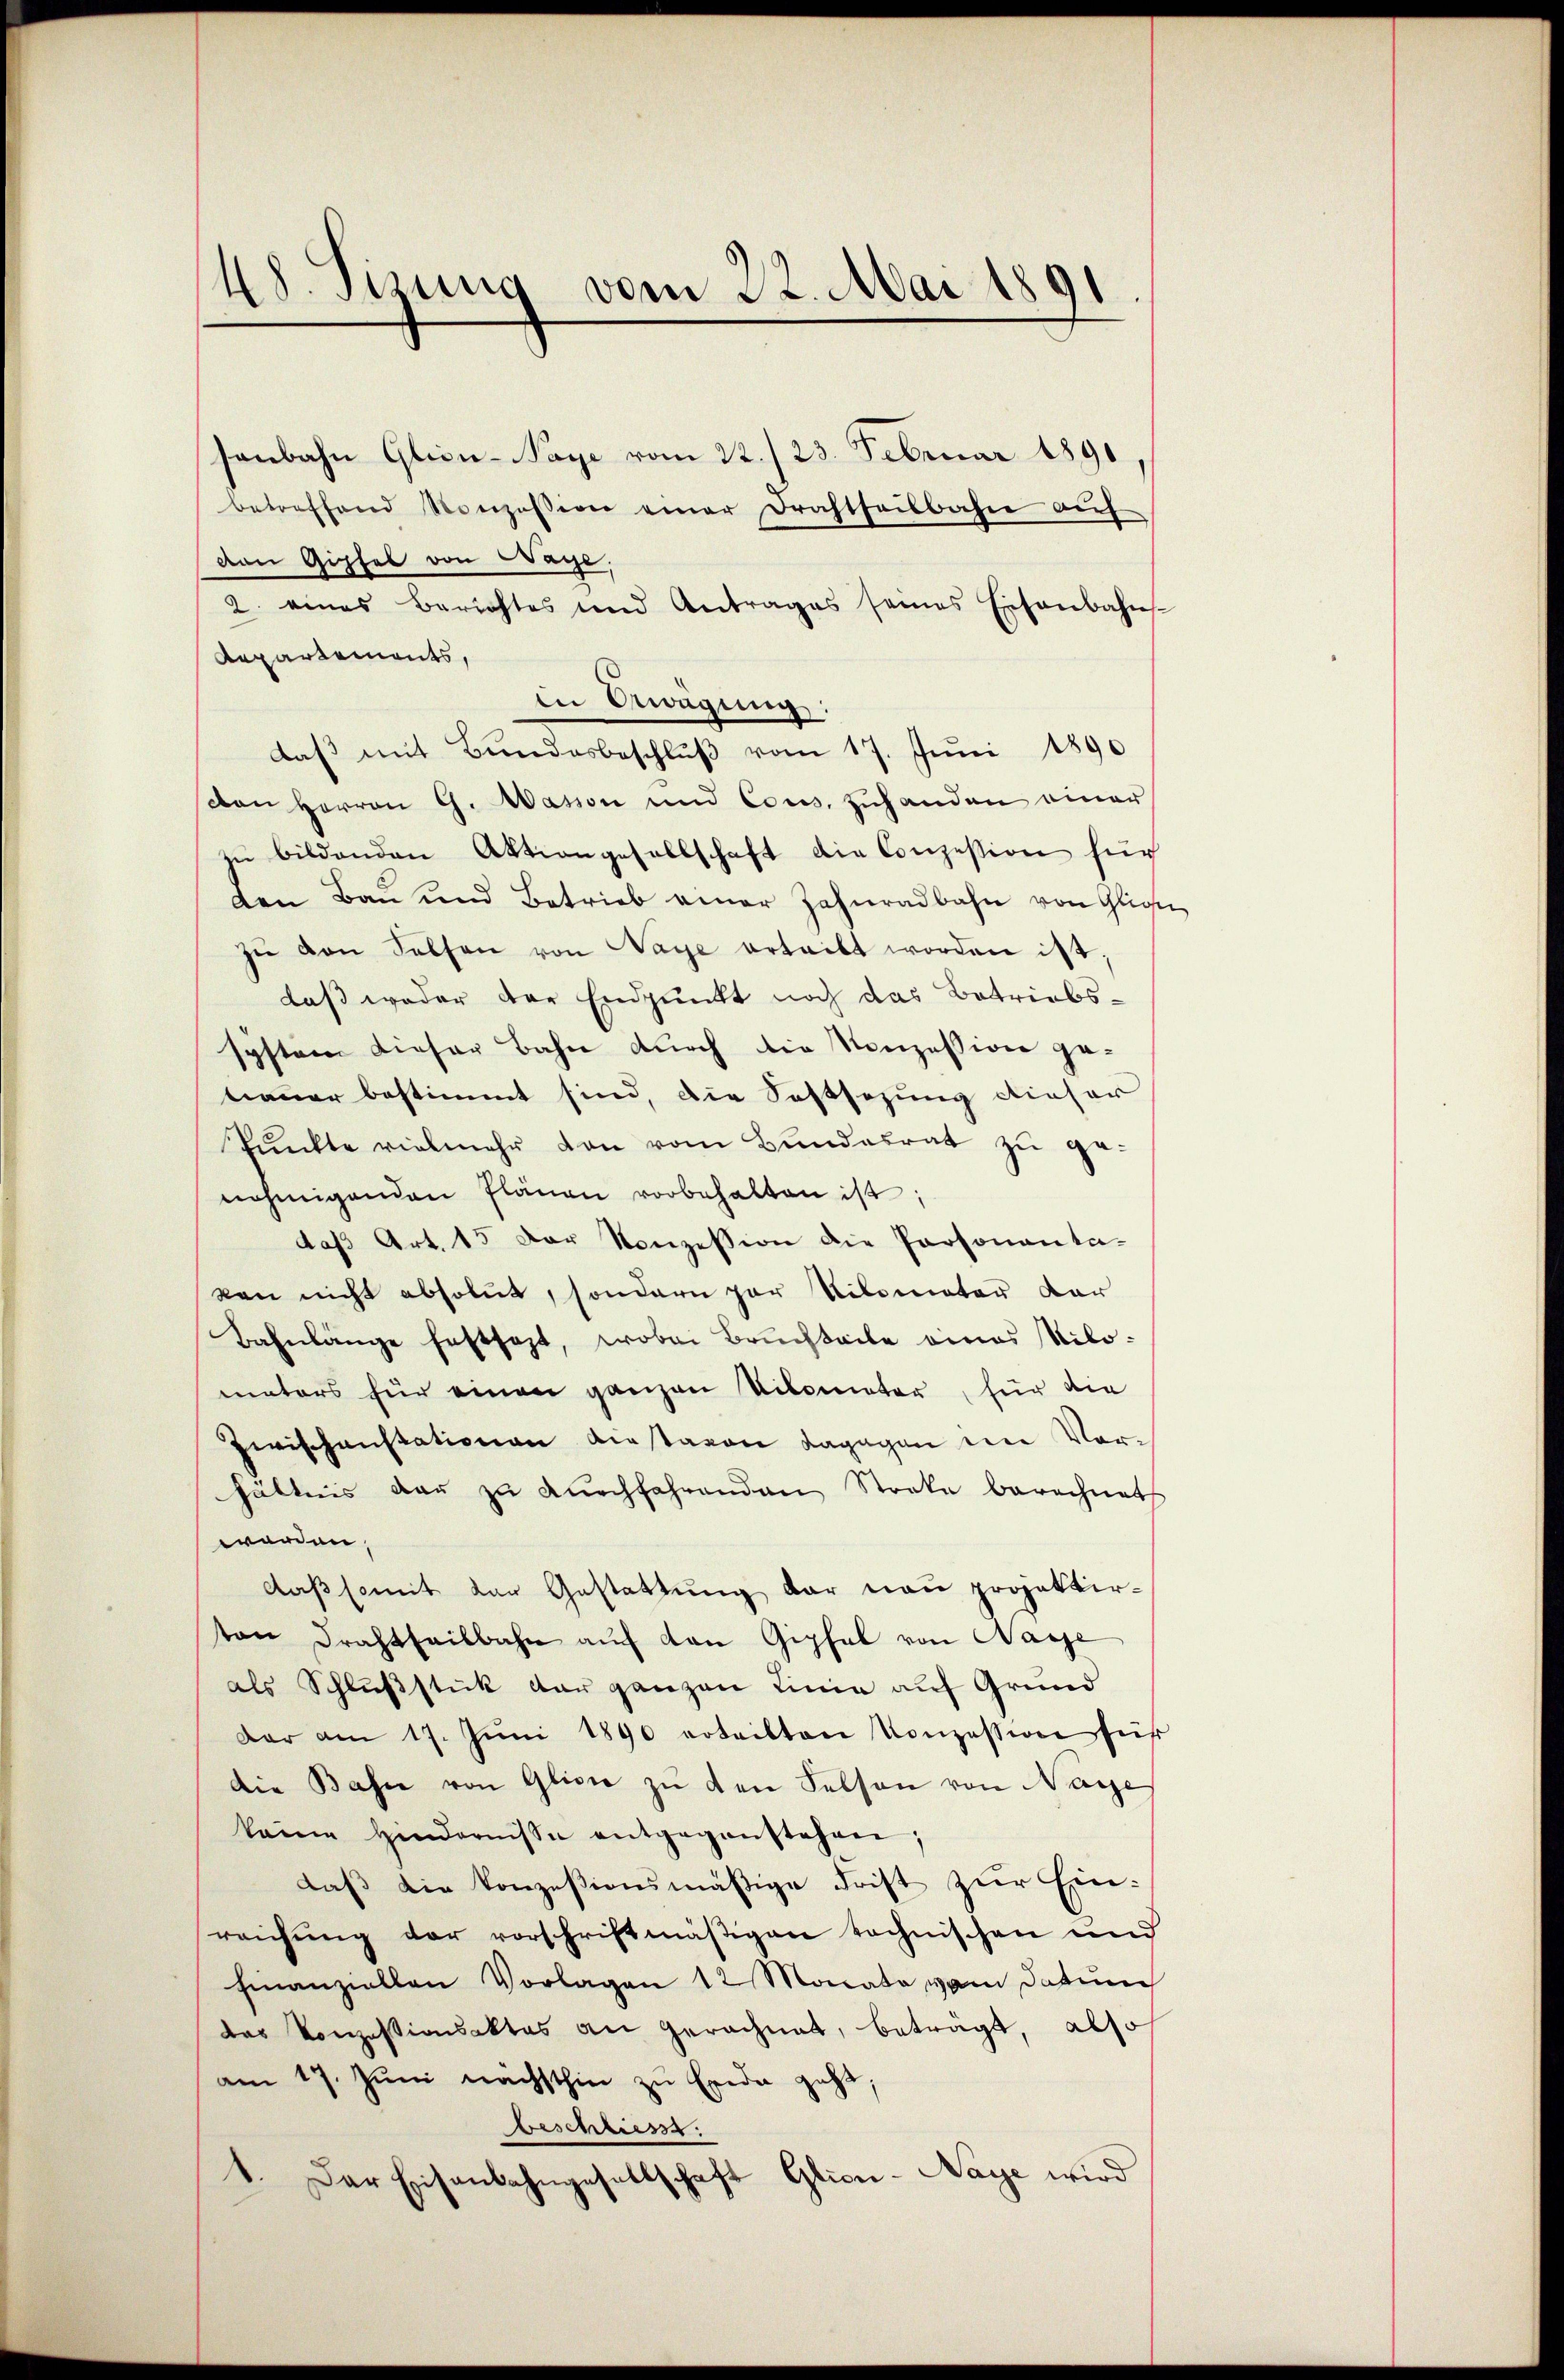
senbahn Glien-Paye vom 22./23. Februar 1890,
betreffend Konzession einer Drahtheilbahne aŭf
van Gipfel von Wage.
2. eines Berichtes und Antrages seines Eisenbahns-
Repartements,
in Gwagung:
daβ mit Bundesbeschlŭβ vom 17. Juni 1890
ston Herren G. Wasson und Cons. zuhanden einer
zŭ bildenden Aktiongesellschaft die Conzession für
den Bau und Betrieb einer Zahnradbahn von Gliche
zŭ von Selfen von Wage erteilt worden ist,
daß weder der Endpunkt noch das Betriebssystem dieser Bahn durch die Konzession getianer bestimmt sind, die Festsezung dieser
Pŭnkte vielmehr von vom Bundesrat zu genehmigenden Plänen vorbehalten ist;
daβ Art. 15 der Konzession die Personanta-
kan nicht absolut, sondern par Nilometer dar
Bahnlänge festsezt, wobei Bruchteile eines Milomaters für einen ganzen Vilometer, für die
Herischenstationen diestaren dagegen ein Vorhältnis dar zŭ dŭrchfahrenden Streke berechnet
worden,
daß somit der Gestattung der neu projektirton Drahtheilbahn auf von Gipfel von Wasse
als Schlußstick dar ganzen Linie auf Grund
dar am 17. Jŭni 1890 erteilten Konzession sei
Die Bahn von Glicie zu den Felsen von Nage
keine Hindernisse entgegenstehen;
daß die konzesionsmäßige Frist zur Einreichŭng der vorschriftmäßigen technischen und
Finanziellen Vorlagen 12 Monate vom Datum
das Konzessionsaktes an Gerechnet, beträgt, also
am 17. Jŭni nächsthin zŭ Erde geht.
beschliess.
1. Der Eisenbahngesellschaft Glicn-Naye wird

¬
48. Sizung vom 22. Mai 189.